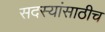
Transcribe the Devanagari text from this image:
सदस्यांसाठीच